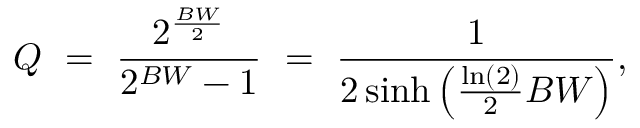
Q \ = \ { \frac { 2 ^ { \frac { B W } { 2 } } } { 2 ^ { B W } - 1 } } \ = \ { \frac { 1 } { 2 \sinh \left( { \frac { \ln ( 2 ) } { 2 } } B W \right) } } ,